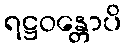
ရဋ္ဌဝန္တောပိ